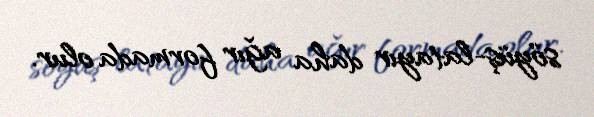
söyüş-latayır daha ağır formada olur.